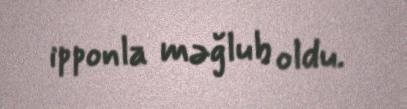
ipponla məğlub oldu.